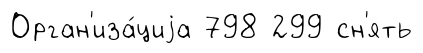
Орган'иза́циjа 798 299 сн'ять